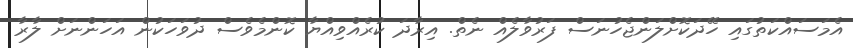
އެމަސައްކަތުގައި ހޭދަކޮށްލަންޖެހުނަސް ފަރުވާލެއް ނެތް. އިރާދަ ކުރެއްވިއްޔާ ކޮންމެވެސް ދުވަހަކުން އަހަންނަށް ލާރާ